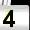
Digit: 4